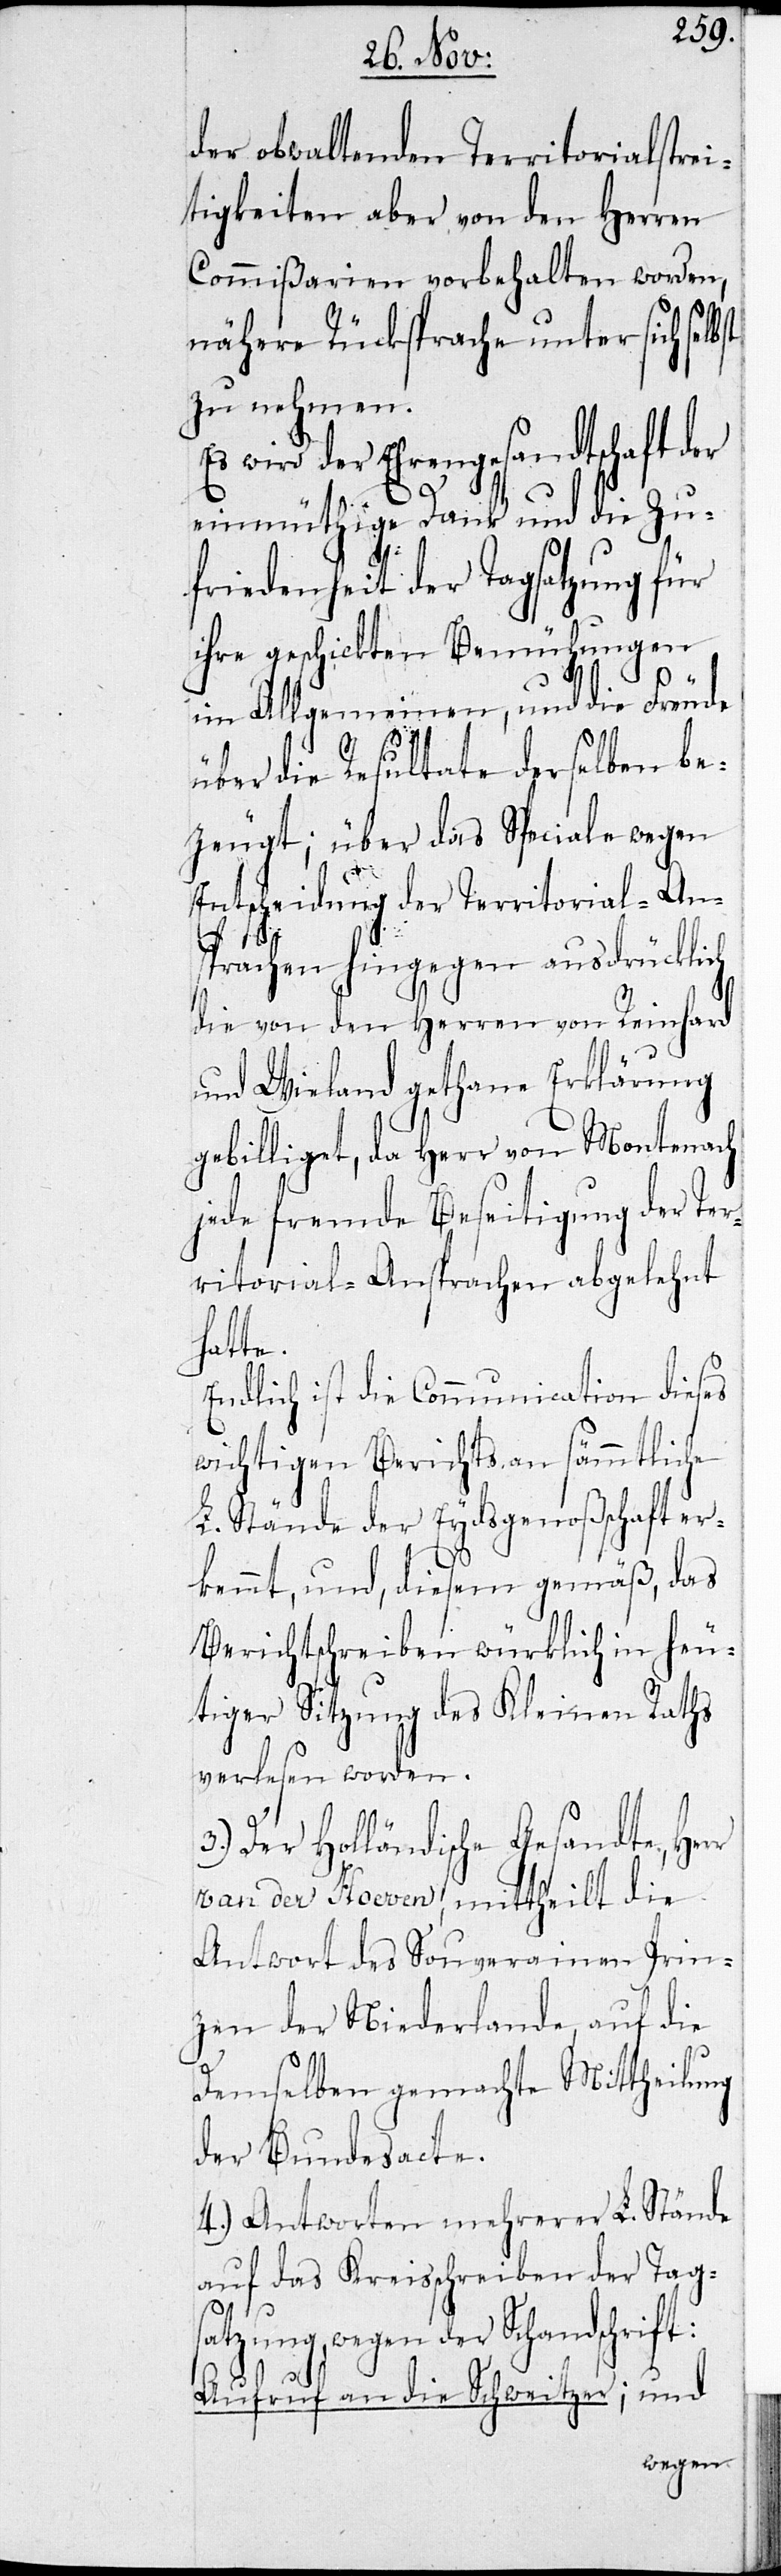
der obwaltenden Territorialstrei¬
tigkeiten aber von den Herren
Commißarien vorbehalten worden,
nähere Rücksprache unter sich
zu nehmen.
wird der Ehrengesandtschaft
einmüthige Dank und die Zu¬
friedenheit der Tagsatzung für
ihre geschickten Bemühungen
im Allgemeinen, und die Freude
über die Resultate derselben be¬
zeugt; über das Speciale wegen
Entscheidung der Territorial-An¬
sprachen hingegen ausdrücklich
die von den Herren von Reinhard
und Wieland gethane Erklärung
gebilliget, da Herr von Montenach
jede fremde Beseitigung der Ter¬
ritorial-Ansprachen abgelehnt
satz¬
Endlich ist die Communication dieses
wichtigen Berichts an sämmtliche
L. Stände der Eydsgenoßschaft er¬
kennt, und, diesem gemäß, das
Berichtschreiben würklich in heu¬
tiger Sitzung des Kleinen Raths
verlesen worden.
Der Holländische Gesandte, Her¬
r Van der Hoeven, mittheilt die
Antwort des Souverainen Prin¬
zen der Niederlande, auf die
demselben gemachte Mittheilung
der Bundesacte.
4.) Antworten mehrerer L. Stände
auf das Kreisschreiben der Tag¬
ung, wegen der Schandschrift:
Aufruf an die Schweitzer; und